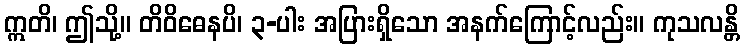
ဣတိ၊ ဤသို့။ တိဝိဓေနပိ၊ ၃-ပါး အပြားရှိသော အနက်ကြောင့်လည်း။ ကုသလန္တိ